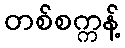
တစ်စက္ကန့်